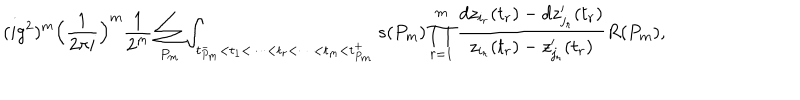
LaTeX: ( i g ^ { 2 } ) ^ { m } \Big ( { \frac { 1 } { 2 \pi i } } \Big ) ^ { m } { \frac { 1 } { 2 ^ { m } } } \sum _ { P _ { m } } \int _ { t _ { P _ { m } } ^ { - } < t _ { 1 } < \dots < t _ { r } < \dots < t _ { m } < t _ { P _ { m } } ^ { + } } { \hspace { - 1 c m } } s ( P _ { m } ) \prod _ { r = 1 } ^ { m } { \frac { d z _ { i _ { r } } ( t _ { r } ) - d z _ { j _ { r } } ^ { \prime } ( t _ { r } ) } { z _ { i _ { r } } ( t _ { r } ) - z _ { j _ { r } } ^ { \prime } ( t _ { r } ) } } R ( P _ { m } ) ,